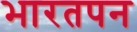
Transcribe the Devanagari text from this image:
भारतपन